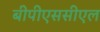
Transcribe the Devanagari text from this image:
बीपीएससीएल